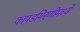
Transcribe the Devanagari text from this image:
कापडगिरणीमध्ये